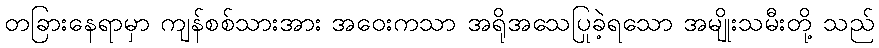
တခြားနေရာမှာ ကျန်စစ်သားအား အဝေးကသာ အရိုအသေပြုခဲ့ရသော အမျိုးသမီးတို့ သည်